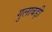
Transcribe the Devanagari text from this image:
गुलाबड़ी